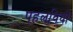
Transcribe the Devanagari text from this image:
पहलवियों